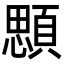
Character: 顋